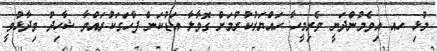
މުޅި ހއ އިވެމުންދަނީ ވެރިމީހާ ހައްޔަރުކުރުމަށް ގޮވާލާ އަޑުކަން ފާހަގަކުރައްވާ ޝާހިދު ވިދާޅުވީ